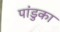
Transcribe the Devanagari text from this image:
पांडुका